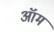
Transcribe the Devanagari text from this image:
ऑम